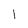
Character: I